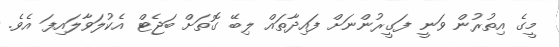
މީގެ އިތުރުން ވަނީ ފަގީރުންނަށް ފައިދާތައް ލިބޭ ގޮތަށް ބަޖެޓް އެކުލަވާލައިފަ އެވެ.